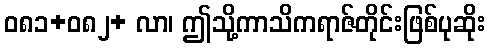
ဝ၈၁+၀၈၂+ လာ၊ ဤသို့ကာသိကရာဇ်တိုင်းဖြစ်ပုဆိုး